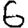
Digit: 6